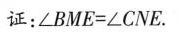
证：\angle BME = \angle CNE.